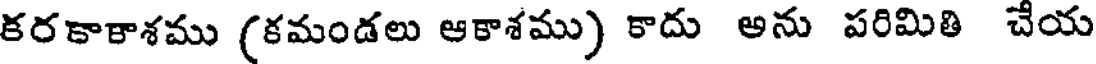
కరకాకాశము (కమండలు ఆకాశము) కాదు అను పరిమితి చేయ